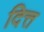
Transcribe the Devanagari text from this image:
दित्त